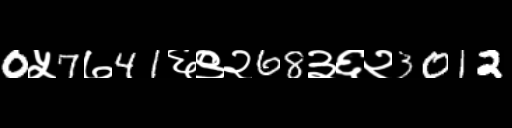
Text: 0५7७41६९२68३६२3012